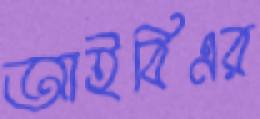
আইবিএর